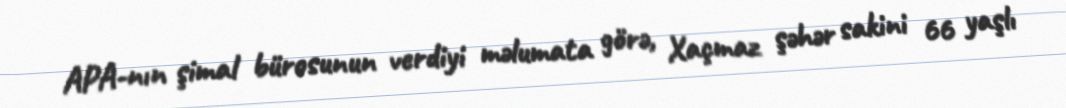
APA-nın şimal bürosunun verdiyi məlumata görə, Xaçmaz şəhər sakini 66 yaşlı